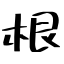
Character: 根